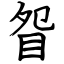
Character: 眢